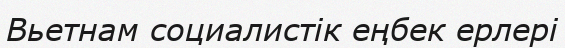
Вьетнам социалистік еңбек ерлері